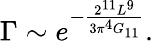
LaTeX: \Gamma\sim e^{-\frac{2^{11}L^{9}}{3\pi^{4}G_{11}}}.